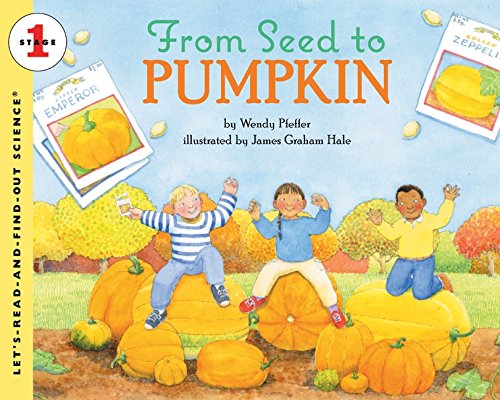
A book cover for From Seed to Pumpkin (Let's-Read-and-Find-Out Science 1); Wendy Pfeffer; Science & Math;